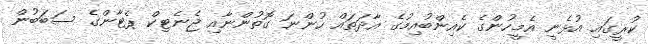
ކުރީގައި އުޅެނީ އެމީހުންގެ ކެއިންބުއިމުގެ އާދަތައް ހުންނަ ގޮތުންނާއި ޖެނެޓިކް ޕެޓާންގެ ސަބަބުން